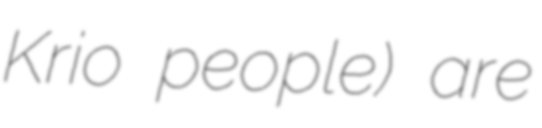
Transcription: Krio people) are